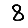
Digit: 8